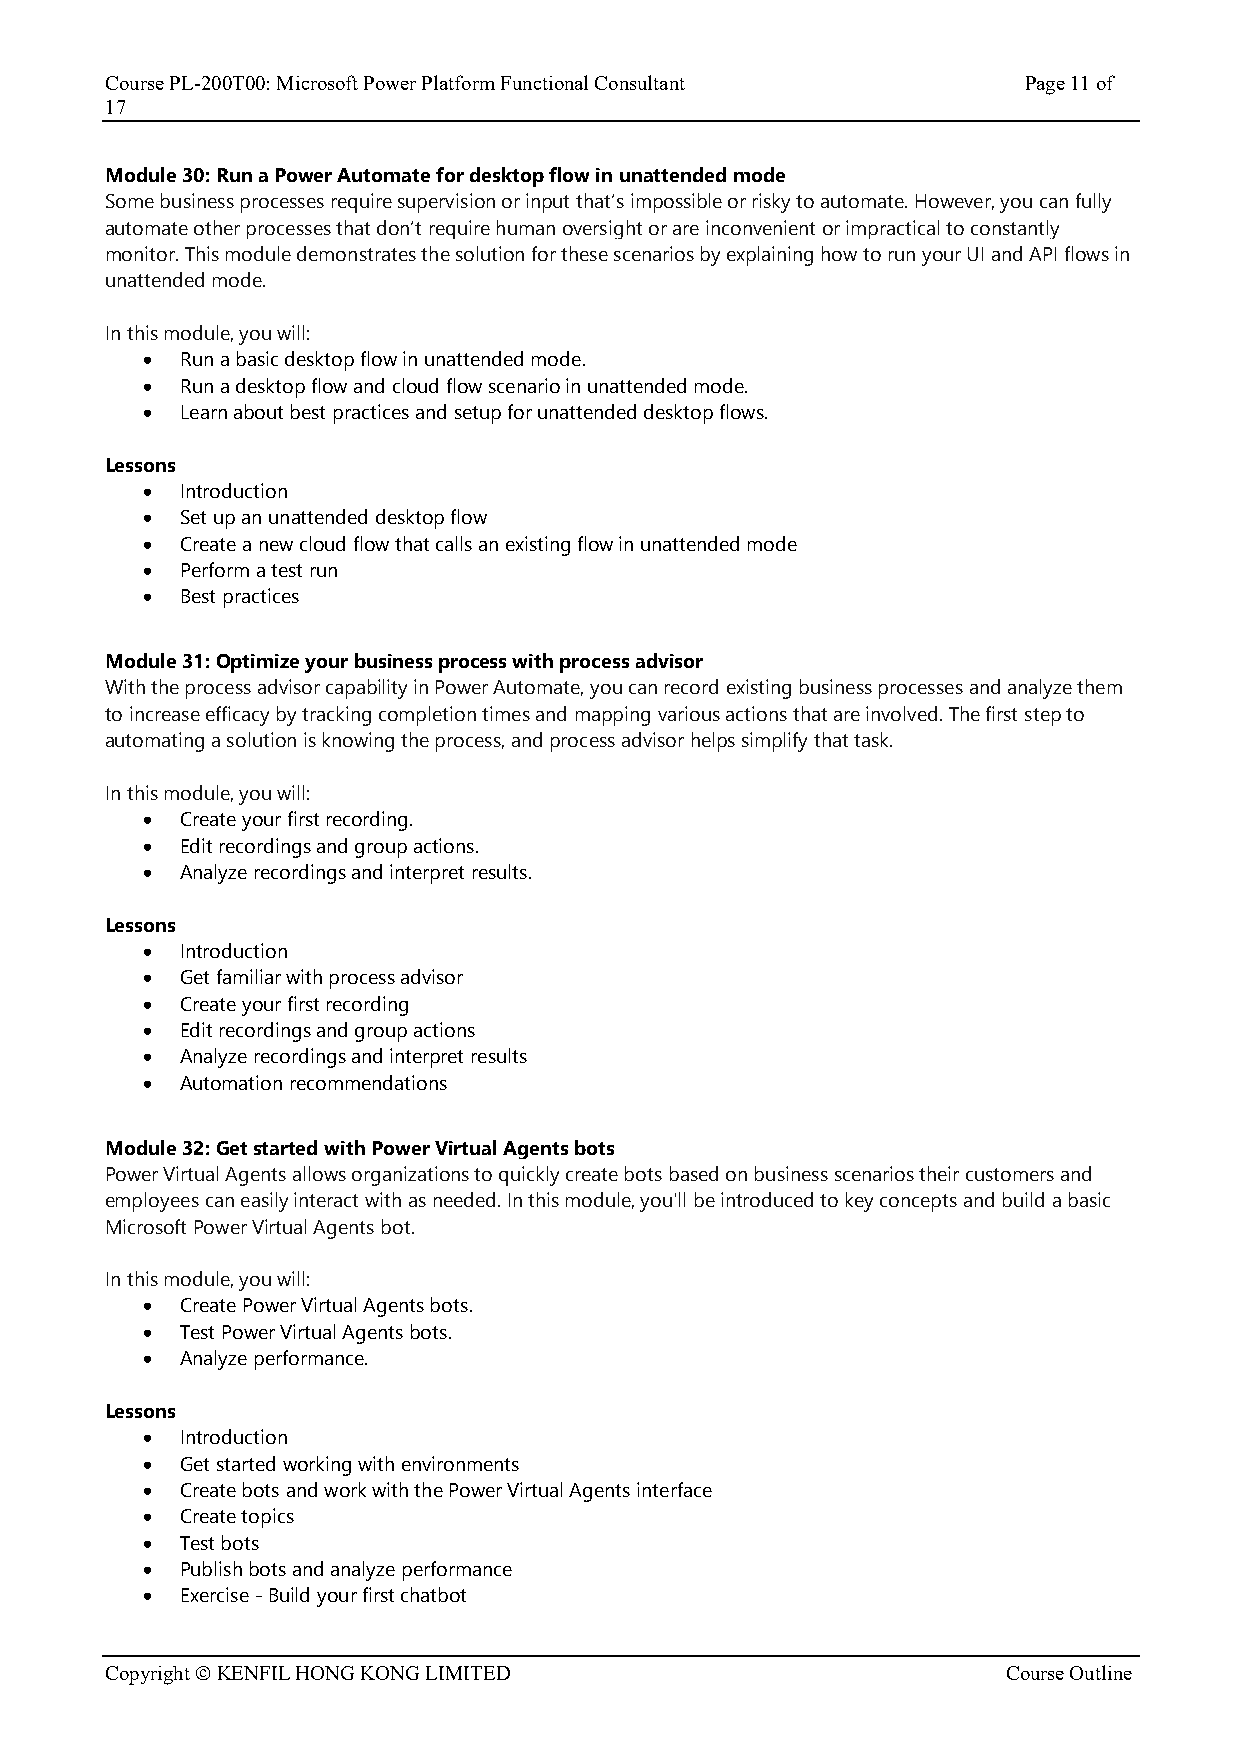
Course PL-200T00: Microsoft Power Platform Functional Consultant Page 11 of
 17
 Module 30: Run a Power Automate for desktop flow in unattended mode
 Some business processes require supervision or input that’s impossible or risky to automate. However, you can fully
 automate other processes that don’t require human oversight or are inconvenient or impractical to constantly
 monitor. This module demonstrates the solution for these scenarios by explaining how to run your UI and API flows in
 unattended mode.
 In this module, you will:
 •  Run a basic desktop flow in unattended mode.
 •  Run a desktop flow and cloud flow scenario in unattended mode.
 •  Learn about best practices and setup for unattended desktop flows.
 Lessons
 •  Introduction
 •  Set up an unattended desktop flow
 •  Create a new cloud flow that calls an existing flow in unattended mode
 •  Perform a test run
 •  Best practices
 Module 31: Optimize your business process with process advisor
 With the process advisor capability in Power Automate, you can record existing business processes and analyze them
 to increase efficacy by tracking completion times and mapping various actions that are involved. The first step to
 automating a solution is knowing the process, and process advisor helps simplify that task.
 In this module, you will:
 •  Create your first recording.
 •  Edit recordings and group actions.
 •  Analyze recordings and interpret results.
 Lessons
 •  Introduction
 •  Get familiar with process advisor
 •  Create your first recording
 •  Edit recordings and group actions
 •  Analyze recordings and interpret results
 •  Automation recommendations
 Module 32: Get started with Power Virtual Agents bots
 Power Virtual Agents allows organizations to quickly create bots based on business scenarios their customers and
 employees can easily interact with as needed. In this module, you'll be introduced to key concepts and build a basic
 Microsoft Power Virtual Agents bot.
 In this module, you will:
 •  Create Power Virtual Agents bots.
 •  Test Power Virtual Agents bots.
 •  Analyze performance.
 Lessons
 •  Introduction
 •  Get started working with environments
 •  Create bots and work with the Power Virtual Agents interface
 •  Create topics
 •  Test bots
 •  Publish bots and analyze performance
 •  Exercise - Build your first chatbot
 Copyright © KENFIL HONG KONG LIMITED                        Course Outline